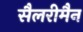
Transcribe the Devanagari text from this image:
सैलरीमैन